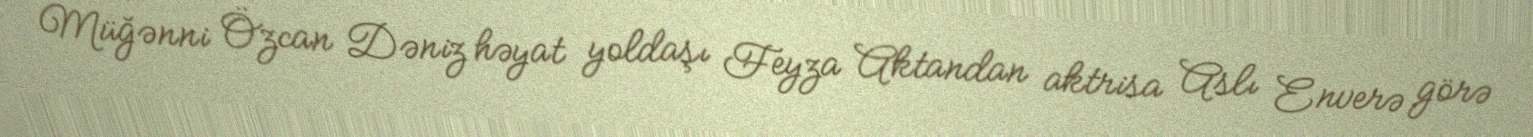
Müğənni Özcan Dəniz həyat yoldaşı Feyza Aktandan aktrisa Aslı Enverə görə